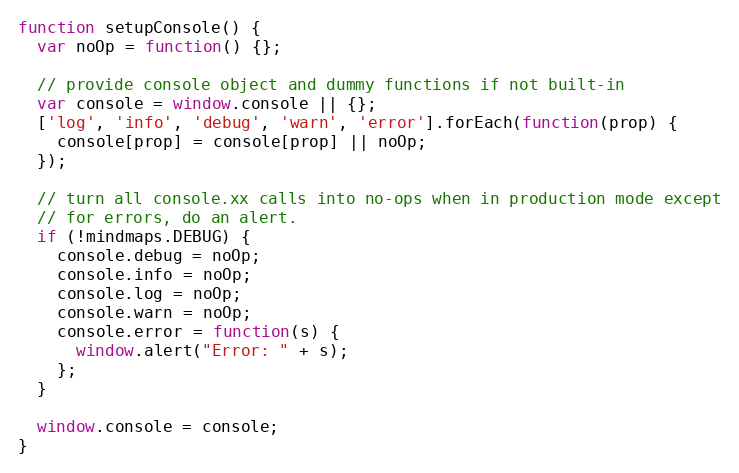
Language: JavaScript
function setupConsole() {
  var noOp = function() {};

  // provide console object and dummy functions if not built-in
  var console = window.console || {};
  ['log', 'info', 'debug', 'warn', 'error'].forEach(function(prop) {
    console[prop] = console[prop] || noOp;
  });

  // turn all console.xx calls into no-ops when in production mode except
  // for errors, do an alert.
  if (!mindmaps.DEBUG) {
    console.debug = noOp;
    console.info = noOp;
    console.log = noOp;
    console.warn = noOp;
    console.error = function(s) {
      window.alert("Error: " + s);
    };
  }

  window.console = console;
}